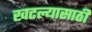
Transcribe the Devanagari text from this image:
खटल्यासाठी